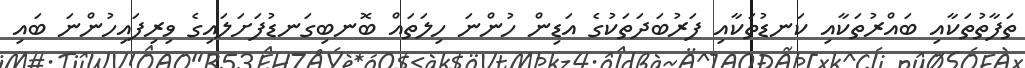
ތަފާތުތަކާއި ބައްރުތަކާއި ކަނޑުތަކާއި ފަރުބަދަތަކުގެ އަޑިން ހުންނަ ހިލަތައް ބޮނބިގަނޑުފަށަލައިގެ ވިރިފައިހުންނަ ބައި